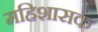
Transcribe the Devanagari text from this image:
महिशासक